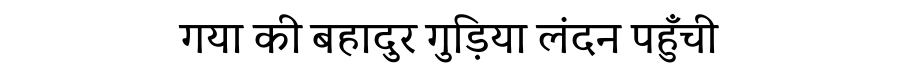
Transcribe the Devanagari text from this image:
गया की बहादुर गुड़िया लंदन पहुँची